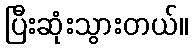
ပြီးဆုံးသွားတယ်။